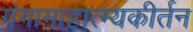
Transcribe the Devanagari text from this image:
गंगामाहात्म्यकीर्तन